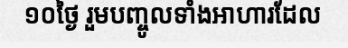
១០ថ្ងៃ រួមបញ្ចូលទាំងអាហារដែល